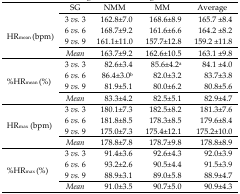
|  | SG | NMM | MM | Average |
 | --- | --- | --- | --- | --- |
 | <ROWSPAN=5> HRmean (bpm) | 3 vs. 3 | 162.8±7.0 | 168.6±8.9 | 165.7 ±8.4 |
 | 6 vs. 6 | 168.7±9.2 | 161.6±6.6 | 164.2 ±8.2 |
 | 9 vs. 9 | 161.1±11.0 | 157.7±12.8 | 159.2 ±11.8 |
 | Mean | 163.7±9.2 | 162.6±10.5 | 163.1 ±9.8 |
 | <ROWSPAN=5> %HRmean (%) | 3 vs. 3 | 82.6±3.4 | 85.6±4.2a | 84.1 ±4.0 |
 | 6 vs. 6 | 86.4±3.0b | 82.0±3.2 | 83.7±3.8 |
 | 9 vs. 9 | 81.9±5.1 | 80.0±6.2 | 80.8±5.6 |
 | Mean | 83.3±4.2 | 82.5±5.1 | 82.9±4.7 |
 | <ROWSPAN=5> HRmax (bpm) | 3 vs. 3 | 180.1±7.3 | 182.5±8.2 | 181.3±7.6 |
 | 6 vs. 6 | 181.8±8.5 | 178.3±8.5 | 179.6±8.4 |
 | 9 vs. 9 | 175.0±7.3 | 175.4±12.1 | 175.2±10.0 |
 | Mean | 178.8±7.8 | 178.7±9.8 | 178.8±8.9 |
 | <ROWSPAN=5> %HRmax (%) | 3 vs. 3 | 91.4±3.6 | 92.6±4.3 | 92.0±3.9 |
 | 6 vs. 6 | 93.2±2.6 | 90.5±4.4 | 91.5±3.9 |
 | 9 vs. 9 | 88.9±3.1 | 89.0±5.8 | 88.9±4.7 |
 | Mean | 91.0±3.5 | 90.7±5.0 | 90.9±4.3 |